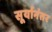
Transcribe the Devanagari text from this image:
सूर्यानंतर